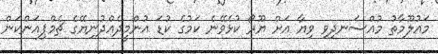
މައުލޫމާތު މުއްސަނދިވި ވިޔާ އަށް ޔޫރޯ ކުޅެވޭނެ ކަމުގެ ކުޑަ އުންމީދެއްދުނިޔޭގެ ޗެމްޕިއަންކަން